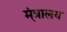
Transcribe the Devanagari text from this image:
म़ंत्रालय